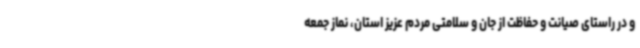
و در راستای صیانت و حفاظت از جان و سلامتی مردم عزیز استان، نماز جمعه